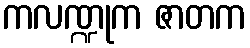
ကလဏ္ဍုက ဇာတက